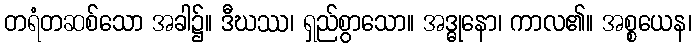
တရံတဆစ်သော အခါ၌။ ဒီဃဿ၊ ရှည်စွာသော။ အဒ္ဓုနော၊ ကာလ၏။ အစ္စယေန၊